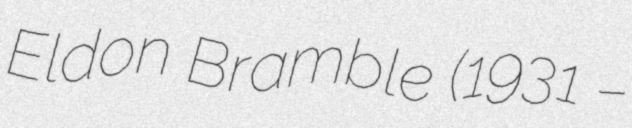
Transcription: Eldon Bramble (1931 –